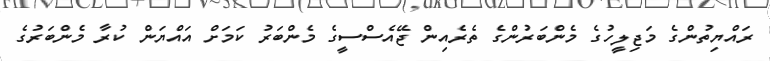
ރައްޔިތުންގެ މަޖިލީހުގެ މެންބަރުންގެ ތެރެއިން ޖޭއެސްސީގެ މެންބަރު ކަމަށް އައްޔަން ކުރާ މެންބަރުގެ